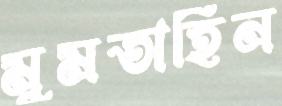
মুমতাহিন